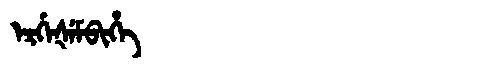
Manchu: ᡝᡵᡤᡝᡧᡝᠮᠪᡳᡥᡝ
Romanization: ERGEŠEMBIHE